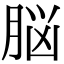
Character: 脳